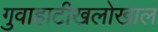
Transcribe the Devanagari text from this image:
गुवाहाटीखलोखाल